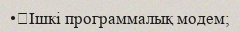
•	Ішкі программалық модем;